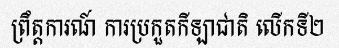
ព្រឹត្តការណ៍ ការប្រកួតកីឡាជាតិ លើកទី២